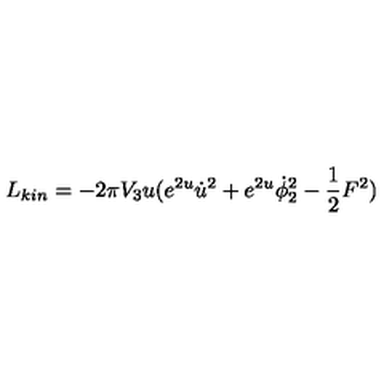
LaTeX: L _ { k i n } = - 2 \pi V _ { 3 } u ( e ^ { 2 u } { \dot { u } } ^ { 2 } + e ^ { 2 u } \dot { \phi } _ { 2 } ^ { 2 } - { \frac { 1 } { 2 } } F ^ { 2 } )